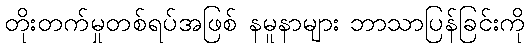
တိုးတက်မှုတစ်ရပ်အဖြစ် နမူနာများ ဘာသာပြန်ခြင်းကို